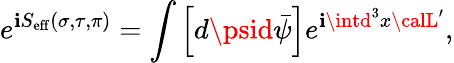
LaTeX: e^{\mathbf{i}S_{\mathrm{{eff}}}(\sigma,\tau,\pi)}=\int\left[d\psid\bar{{\psi}}\right]e^{\mathbf{i}\intd^{3}x{\calL}^{\prime}},